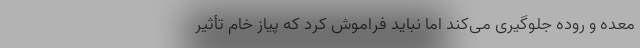
معده و روده جلوگیری می‌کند اما نباید فراموش کرد که پیاز خام تأثیر